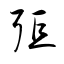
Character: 弡